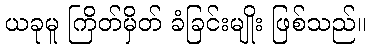
ယခုမူ ကြိတ်မှိတ် ခံခြင်းမျိုး ဖြစ်သည်။